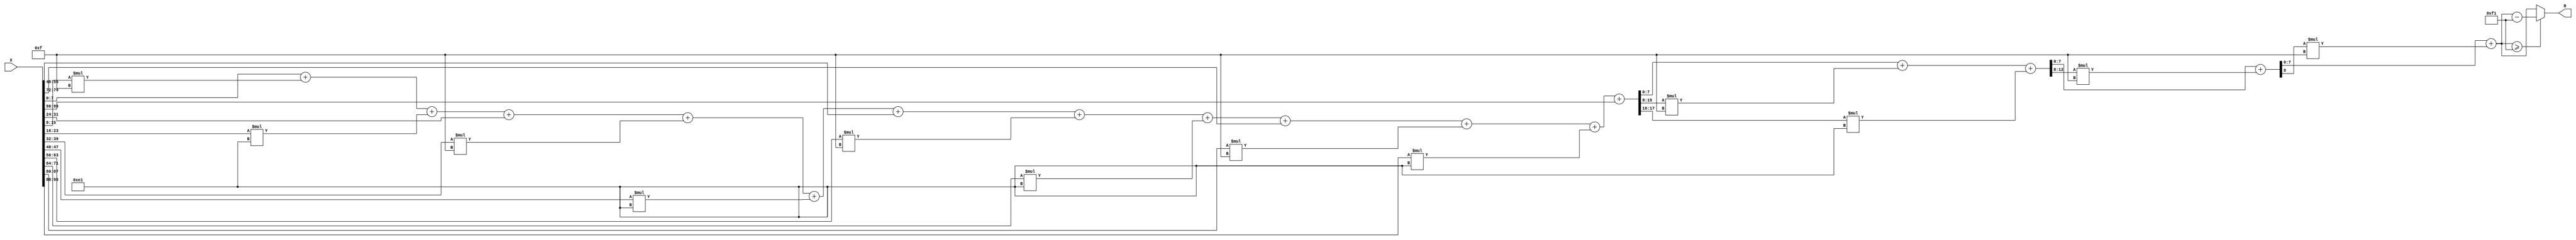
module x_100_mod_241(
    input [100:1] X,
    output [8:1] R
    );

wire [18:1] R_temp_1;
wire [13:1] R_temp_2;
wire [9:1] R_temp_3;
wire [8:1] R_temp_4;
reg [8:1]  R_temp;

assign R_temp_1 = X [ 8 : 1 ]  + X [ 16 : 9 ] * 4'b1111 + X [ 24 : 17 ] * 8'b11100001 + 
X [ 32 : 25 ]  + X [ 40 : 33 ] * 4'b1111 + X [ 48 : 41 ] * 8'b11100001 + X [ 56 : 49 ]  + 
X [ 64 : 57 ] * 4'b1111 + X [ 72 : 65 ] * 8'b11100001 + X [ 80 : 73 ]  + X [ 88 : 81 ] * 4'b1111 + 
X [ 96 : 89 ] * 8'b11100001 + X [ 100 : 97 ] ;

assign R_temp_2 = R_temp_1 [ 8 : 1 ]  + R_temp_1 [ 16 : 9 ] * 4'b1111 + R_temp_1 [ 18 : 17 ] * 8'b11100001 ;

assign R_temp_3 = R_temp_2 [ 8 : 1 ]  + R_temp_2 [ 13 : 9 ] * 4'b1111 ;

assign R_temp_4 = R_temp_3 [ 8 : 1 ]  + R_temp_3 [ 9 ] * 4'b1111 ;

always @(R_temp_4)
begin
  if (R_temp_4 >= 8'b11110001)
    R_temp <= R_temp_4 - 8'b11110001;
  else
    R_temp <= R_temp_4;
end

assign R = R_temp;

endmodule